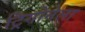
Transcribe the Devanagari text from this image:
ट्रिगोनेला